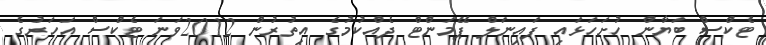
ޓެކްސް ބަޔާން ހުށަހަޅައި ފައިނަލް ޕޭމަންޓް ދެއްކުމުގެ އިތުރުން 2012ވަނަ ޓެކްސް އަހަރުގެ